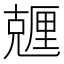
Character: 兣